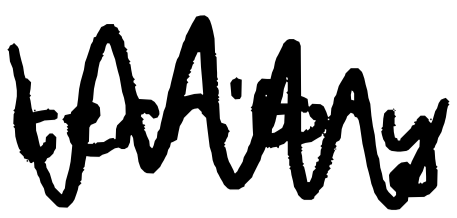
Text: territory
Cross-out: zig-zag
Writing tool: digital_black